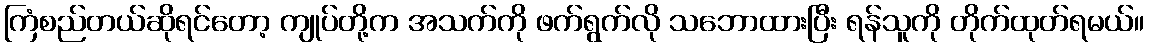
ကြံစည်တယ်ဆိုရင်တော့ ကျုပ်တို့က အသက်ကို ဖက်ရွက်လို သဘောထားပြီး ရန်သူကို တိုက်ထုတ်ရမယ်။